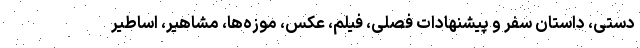
دستی، داستان سفر و پیشنهادات فصلی، فیلم، عکس، موزه‌ها، مشاهیر، اساطیر